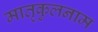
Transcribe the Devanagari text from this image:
मातृकुलनाम